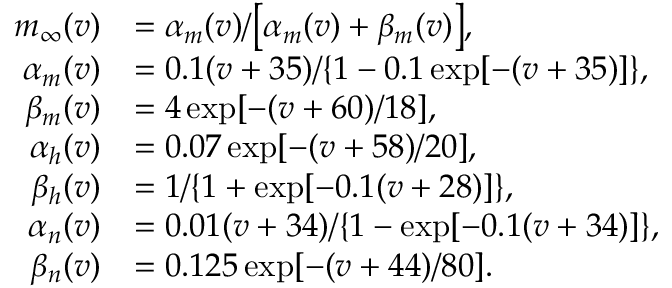
\begin{array} { r l } { m _ { \infty } ( v ) } & { = \alpha _ { m } ( v ) / \big [ \alpha _ { m } ( v ) + \beta _ { m } ( v ) \big ] , } \\ { \alpha _ { m } ( v ) } & { = 0 . 1 ( v + 3 5 ) / \{ 1 - 0 . 1 \exp [ - ( v + 3 5 ) ] \} , } \\ { \beta _ { m } ( v ) } & { = 4 \exp [ - ( v + 6 0 ) / 1 8 ] , } \\ { \alpha _ { h } ( v ) } & { = 0 . 0 7 \exp [ - ( v + 5 8 ) / 2 0 ] , } \\ { \beta _ { h } ( v ) } & { = 1 / \{ 1 + \exp [ - 0 . 1 ( v + 2 8 ) ] \} , } \\ { \alpha _ { n } ( v ) } & { = 0 . 0 1 ( v + 3 4 ) / \{ 1 - \exp [ - 0 . 1 ( v + 3 4 ) ] \} , } \\ { \beta _ { n } ( v ) } & { = 0 . 1 2 5 \exp [ - ( v + 4 4 ) / 8 0 ] . } \end{array}